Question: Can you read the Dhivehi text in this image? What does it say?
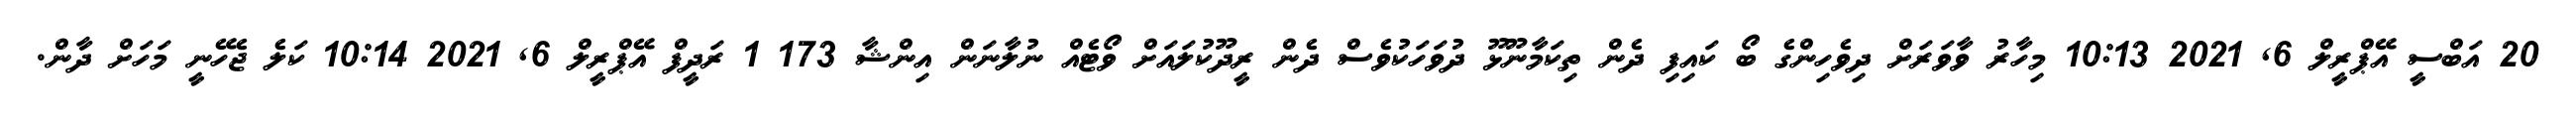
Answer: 20 އަބްސީ އޭޕްރީލް 6, 2021 10:13 މިހާރު ވާވަރަށް ދިވެހިންގެ ބޯ ކައިފި ދެން ތިކަމާނޫޅޫ ދުވަހަކުވެސް ދެން ރީދޫކުލައަށް ވޯޓެއް ނުލާނަން އިންޝާ 173 1 ރަދީފް އޭޕްރީލް 6, 2021 10:14 ކަލެ ޖެހޭނީ މަހަށް ދާން.